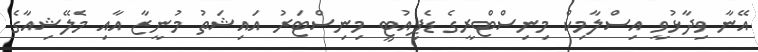
އޭނާ ވިދާޅުވީ އިސްލާމިކް މިނިސްޓްރީގެ ޑެޕިއުޓީ މިނިސްޓަރު އައިޝަތު މުނީޒާ އާއި މެލޭޝިއާގެ